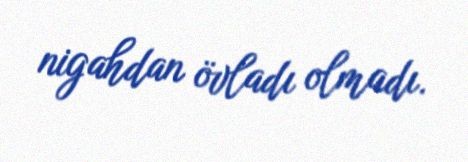
nigahdan övladı olmadı.